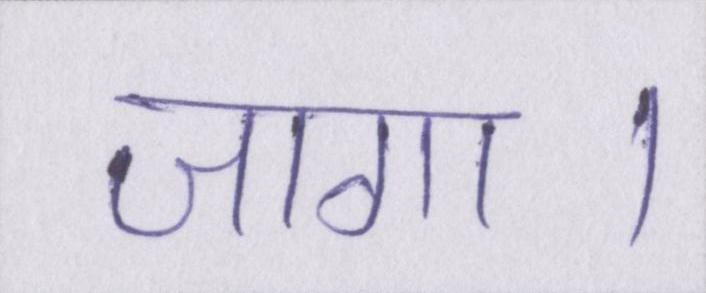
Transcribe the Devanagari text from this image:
जागा।